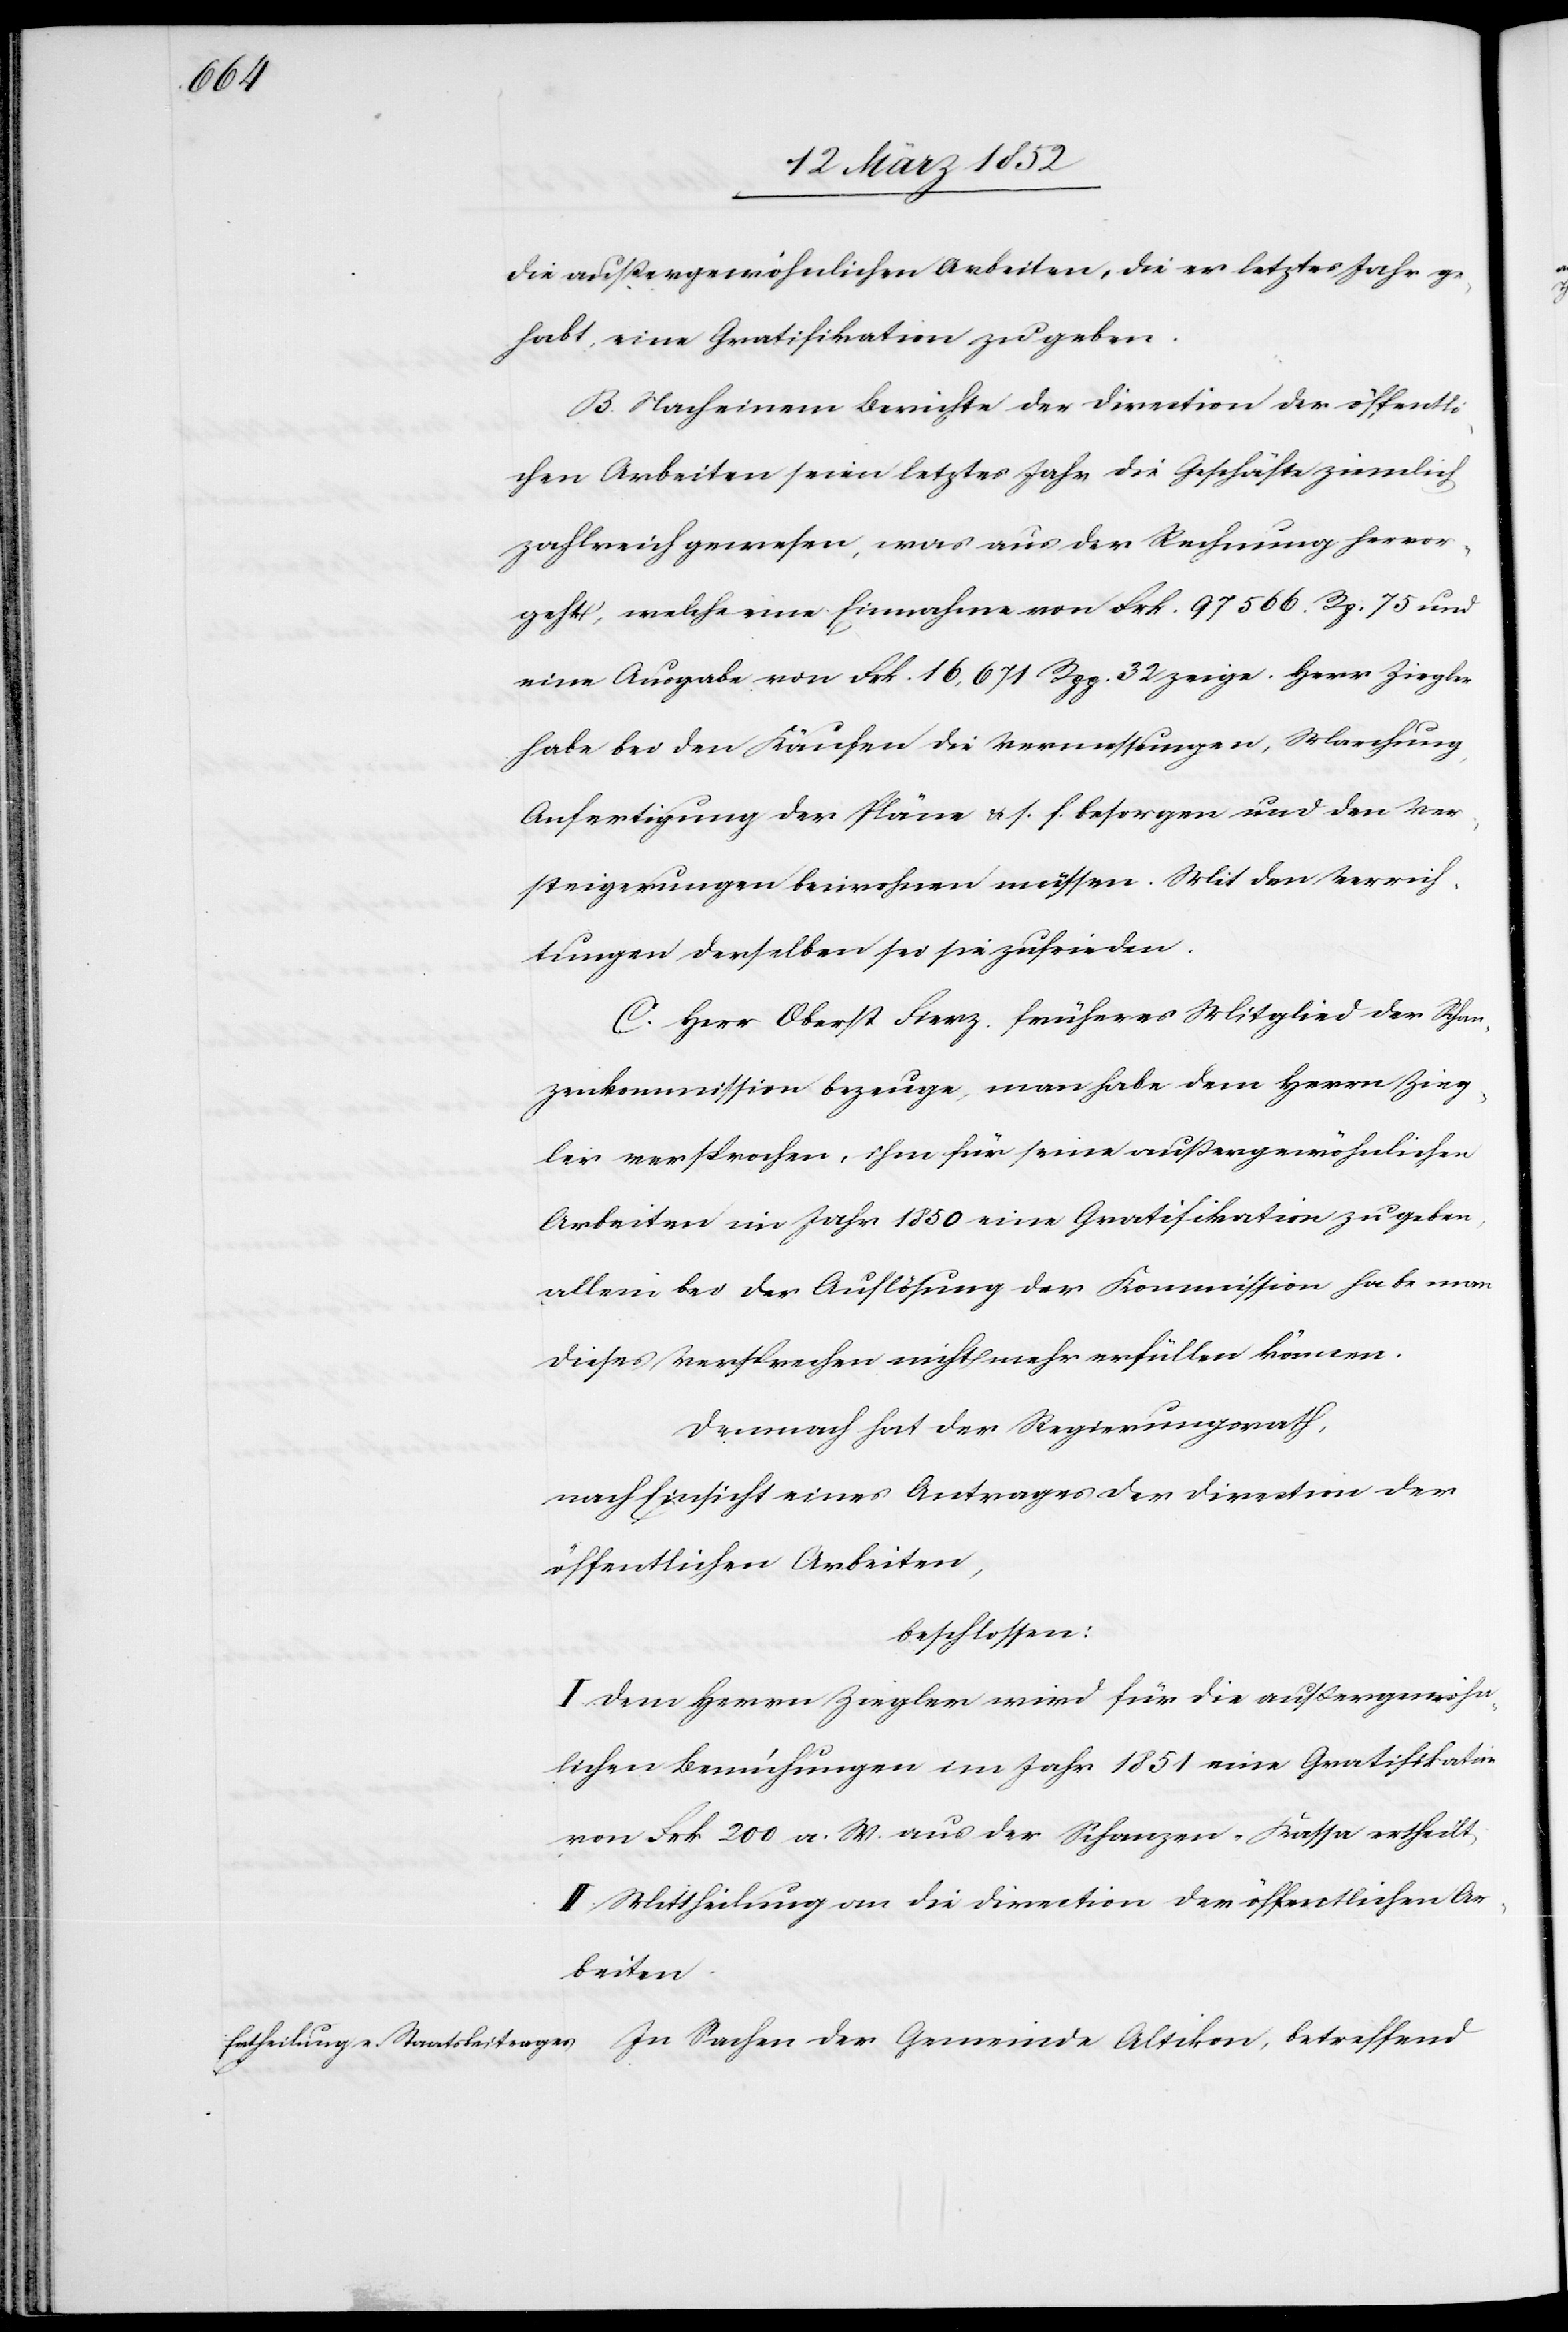
die außergewöhnlichen Arbeiten, die er letztes Jahr ge¬
habt, eine Gratifikation zu geben.
B. Nach einem Berichte der Direction der öffentli¬
chen Arbeiten seien letztes Jahr die Geschäfte ziemlich
zahlreich gewesen, was aus der Rechnung hervor¬
geht, welche eine Einnahme von Frk. 97 566. Rp. 75 und
eine Ausgabe von Frk. 16,671 Rpp. 32 zeige. Herr Ziegler
habe bei den Käufen die Vermessungen, Marchung,
Anfertigung der Pläne u. s. f. besorgen und den Ver¬
steigerungen beiwohnen müssen. Mit den Verrich¬
tungen derselben sei sie zufrieden.
C. Herr Oberst Fierz, früheres Mitglied der Schan¬
zenkommission bezeuge, man habe dem Herrn Zieg¬
ler versprochen, ihm für seine außergewöhnlichen
Arbeiten im Jahr 1850 eine Gratifikation zu geben,
allein bei der Auflösung der Kommission habe man
dieses Versprechen nicht mehr erfüllen können.
Demnach hat der Regierungsrath,
nach Einsicht eines Antrages der Direction der
öffentlichen Arbeiten,
beschlossen:
I. Dem Herrn Ziegler wird für die außergewöhn¬
lichen Bemühungen im Jahr 1851 eine Gratifikation
von Frk 200 a. W. aus der Schanzen-Kassa ertheilt,
II. Mittheilung an die Direction der öffentlichen Ar¬
beiten.
In Sachen der Gemeinde Altikon, betreffend